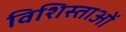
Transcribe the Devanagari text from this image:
विशिस्ताओं